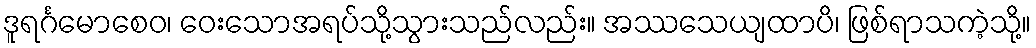
ဒူရင်္ဂမောစေဝ၊ ဝေးသောအရပ်သို့သွားသည်လည်း။ အဿသေယျထာပိ၊ ဖြစ်ရာသကဲ့သို့။